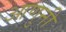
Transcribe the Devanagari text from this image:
आणुनी